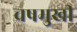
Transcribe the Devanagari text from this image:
चषमुखी